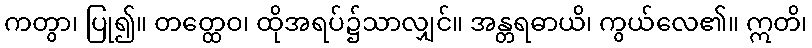
ကတွာ၊ ပြု၍။ တတ္ထေဝ၊ ထိုအရပ်၌သာလျှင်။ အန္တရဓာယိ၊ ကွယ်လေ၏။ ဣတိ၊